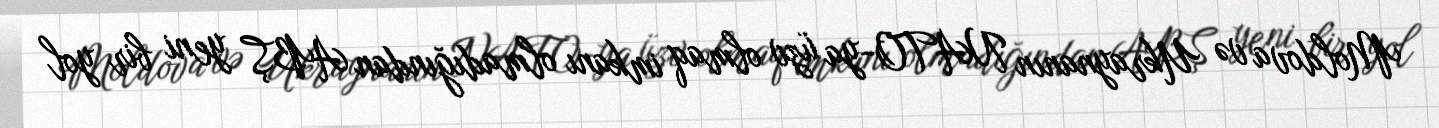
Moldova və Ukraynanın NATO-ya üzv olmaq imkanı olmadığından ABŞ yeni bir yol